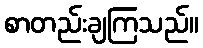
စာတည်းချကြသည်။